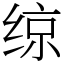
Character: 𫟅